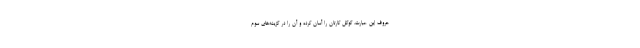
حروف این عبارت، گوگل کارتان را آسان کرده و آن را در گزینه‌های سوم